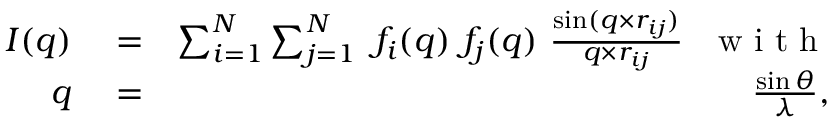
\begin{array} { r l r } { I ( q ) } & { { } = } & { \sum _ { i = 1 } ^ { N } \sum _ { j = 1 } ^ { N } \ f _ { i } ( q ) \ f _ { j } ( q ) \ \frac { \sin ( q \times r _ { i j } ) } { q \times r _ { i j } } \ \ \mathrm { ~ w ~ i ~ t ~ h ~ } } \\ { q } & { { } = } & { \frac { \sin \theta } { \lambda } , } \end{array}